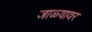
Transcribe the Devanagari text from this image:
जाळ्यावर